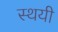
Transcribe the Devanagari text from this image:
स्थयी